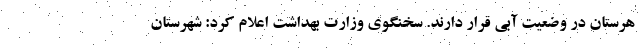
هرستان در وضعیت آبی قرار دارند. سخنگوی وزارت بهداشت اعلام کرد: شهرستان